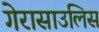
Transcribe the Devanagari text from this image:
गेरासाउलिस